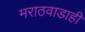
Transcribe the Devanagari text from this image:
मराठवाडाही